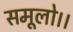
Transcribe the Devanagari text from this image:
समूलो।।